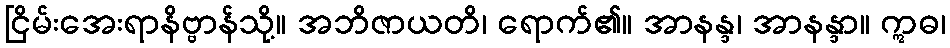
ငြိမ်းအေးရာနိဗ္ဗာန်သို့။ အဘိဇာယတိ၊ ရောက်၏။ အာနန္ဒ၊ အာနန္ဒာ။ ဣဓ၊